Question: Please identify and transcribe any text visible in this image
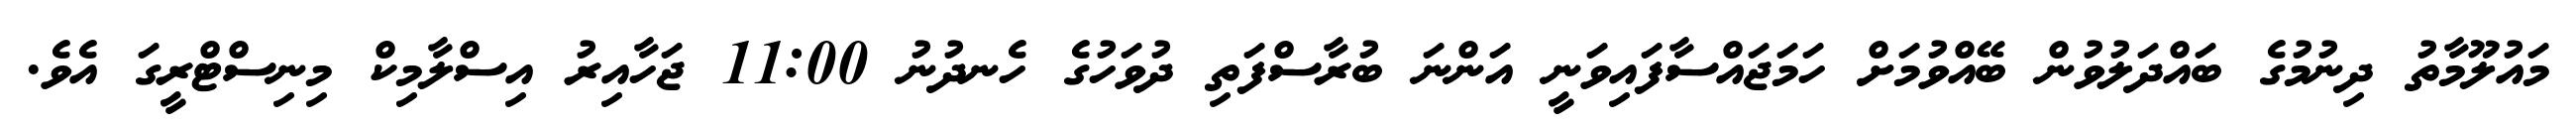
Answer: މައުލޫމާތު ދިނުމުގެ ބައްދަލުވުން ބޭއްވުމަށް ހަމަޖައްސާފައިވަނީ އަންނަ ބުރާސްފަތި ދުވަހުގެ ހެނދުނު 11:00 ޖަހާއިރު އިސްލާމިކް މިނިސްޓްރީގަ އެވެ.